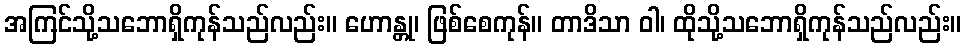
အကြင်သို့သဘောရှိကုန်သည်လည်း။ ဟောန္တု၊ ဖြစ်စေကုန်။ တာဒိသာ ဝါ၊ ထိုသို့သဘောရှိကုန်သည်လည်း။